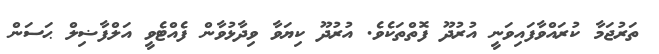
ތަރުޖަމާ ކުރައްވާފައިވަނީ އުރުދޫ ފޮތްތަކެވެ. އުރުދޫ ކިޔަވާ ވިދާޅުވާން ފެއްޓެވީ އަލްފާޟިލް ޙަސަން